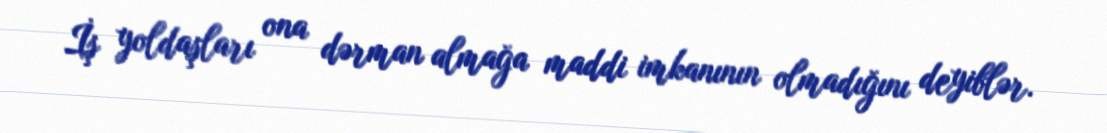
İş yoldaşları ona dərman almağa maddi imkanının olmadığını deyiblər.